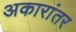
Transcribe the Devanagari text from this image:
अकारांतर